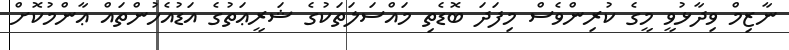
ނާޒިމް ވިދާޅުވީ މީގެ ކުރިންވެސް މިފަދަ ބޮޑެތި މައްސަލަތަކުގެ ޝަރީޢަތުގެ އަޑުއެހުންތައް ޢާންމުކޮށް